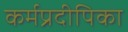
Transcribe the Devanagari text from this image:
कर्मप्रदीपिका